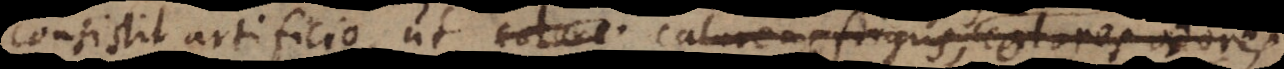
consistit artificio, ut calor calorem, frigus calorem et